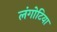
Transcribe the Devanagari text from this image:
लंगोटिया